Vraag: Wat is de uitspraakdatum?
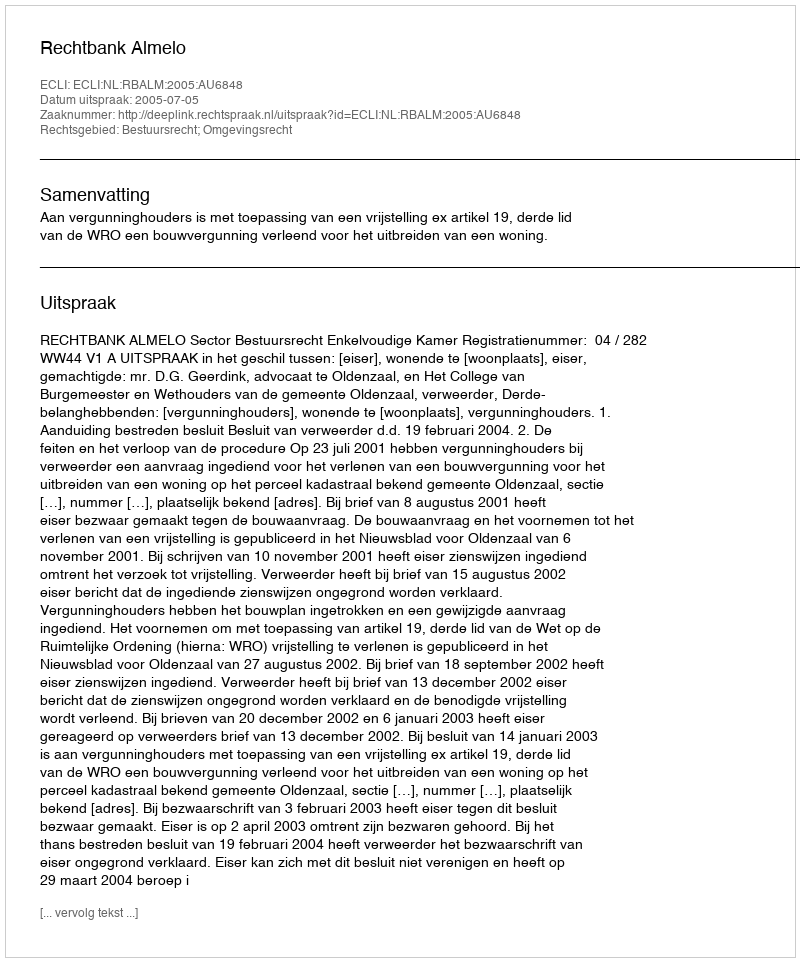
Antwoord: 2005-07-05